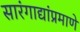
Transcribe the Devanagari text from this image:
सारंगाद्यांप्रमाणे